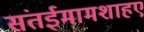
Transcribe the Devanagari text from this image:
संतईमामशाहए